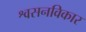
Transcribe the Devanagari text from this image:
श्वसनविकार